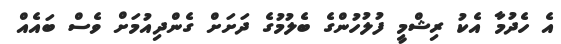
އެ ހެދުމާ އެކު ރިޝްމީ ފުލުހުންގެ ބެލުމުގެ ދަށަށް ގެންދިއުމަށް ވެސް ބައެއް